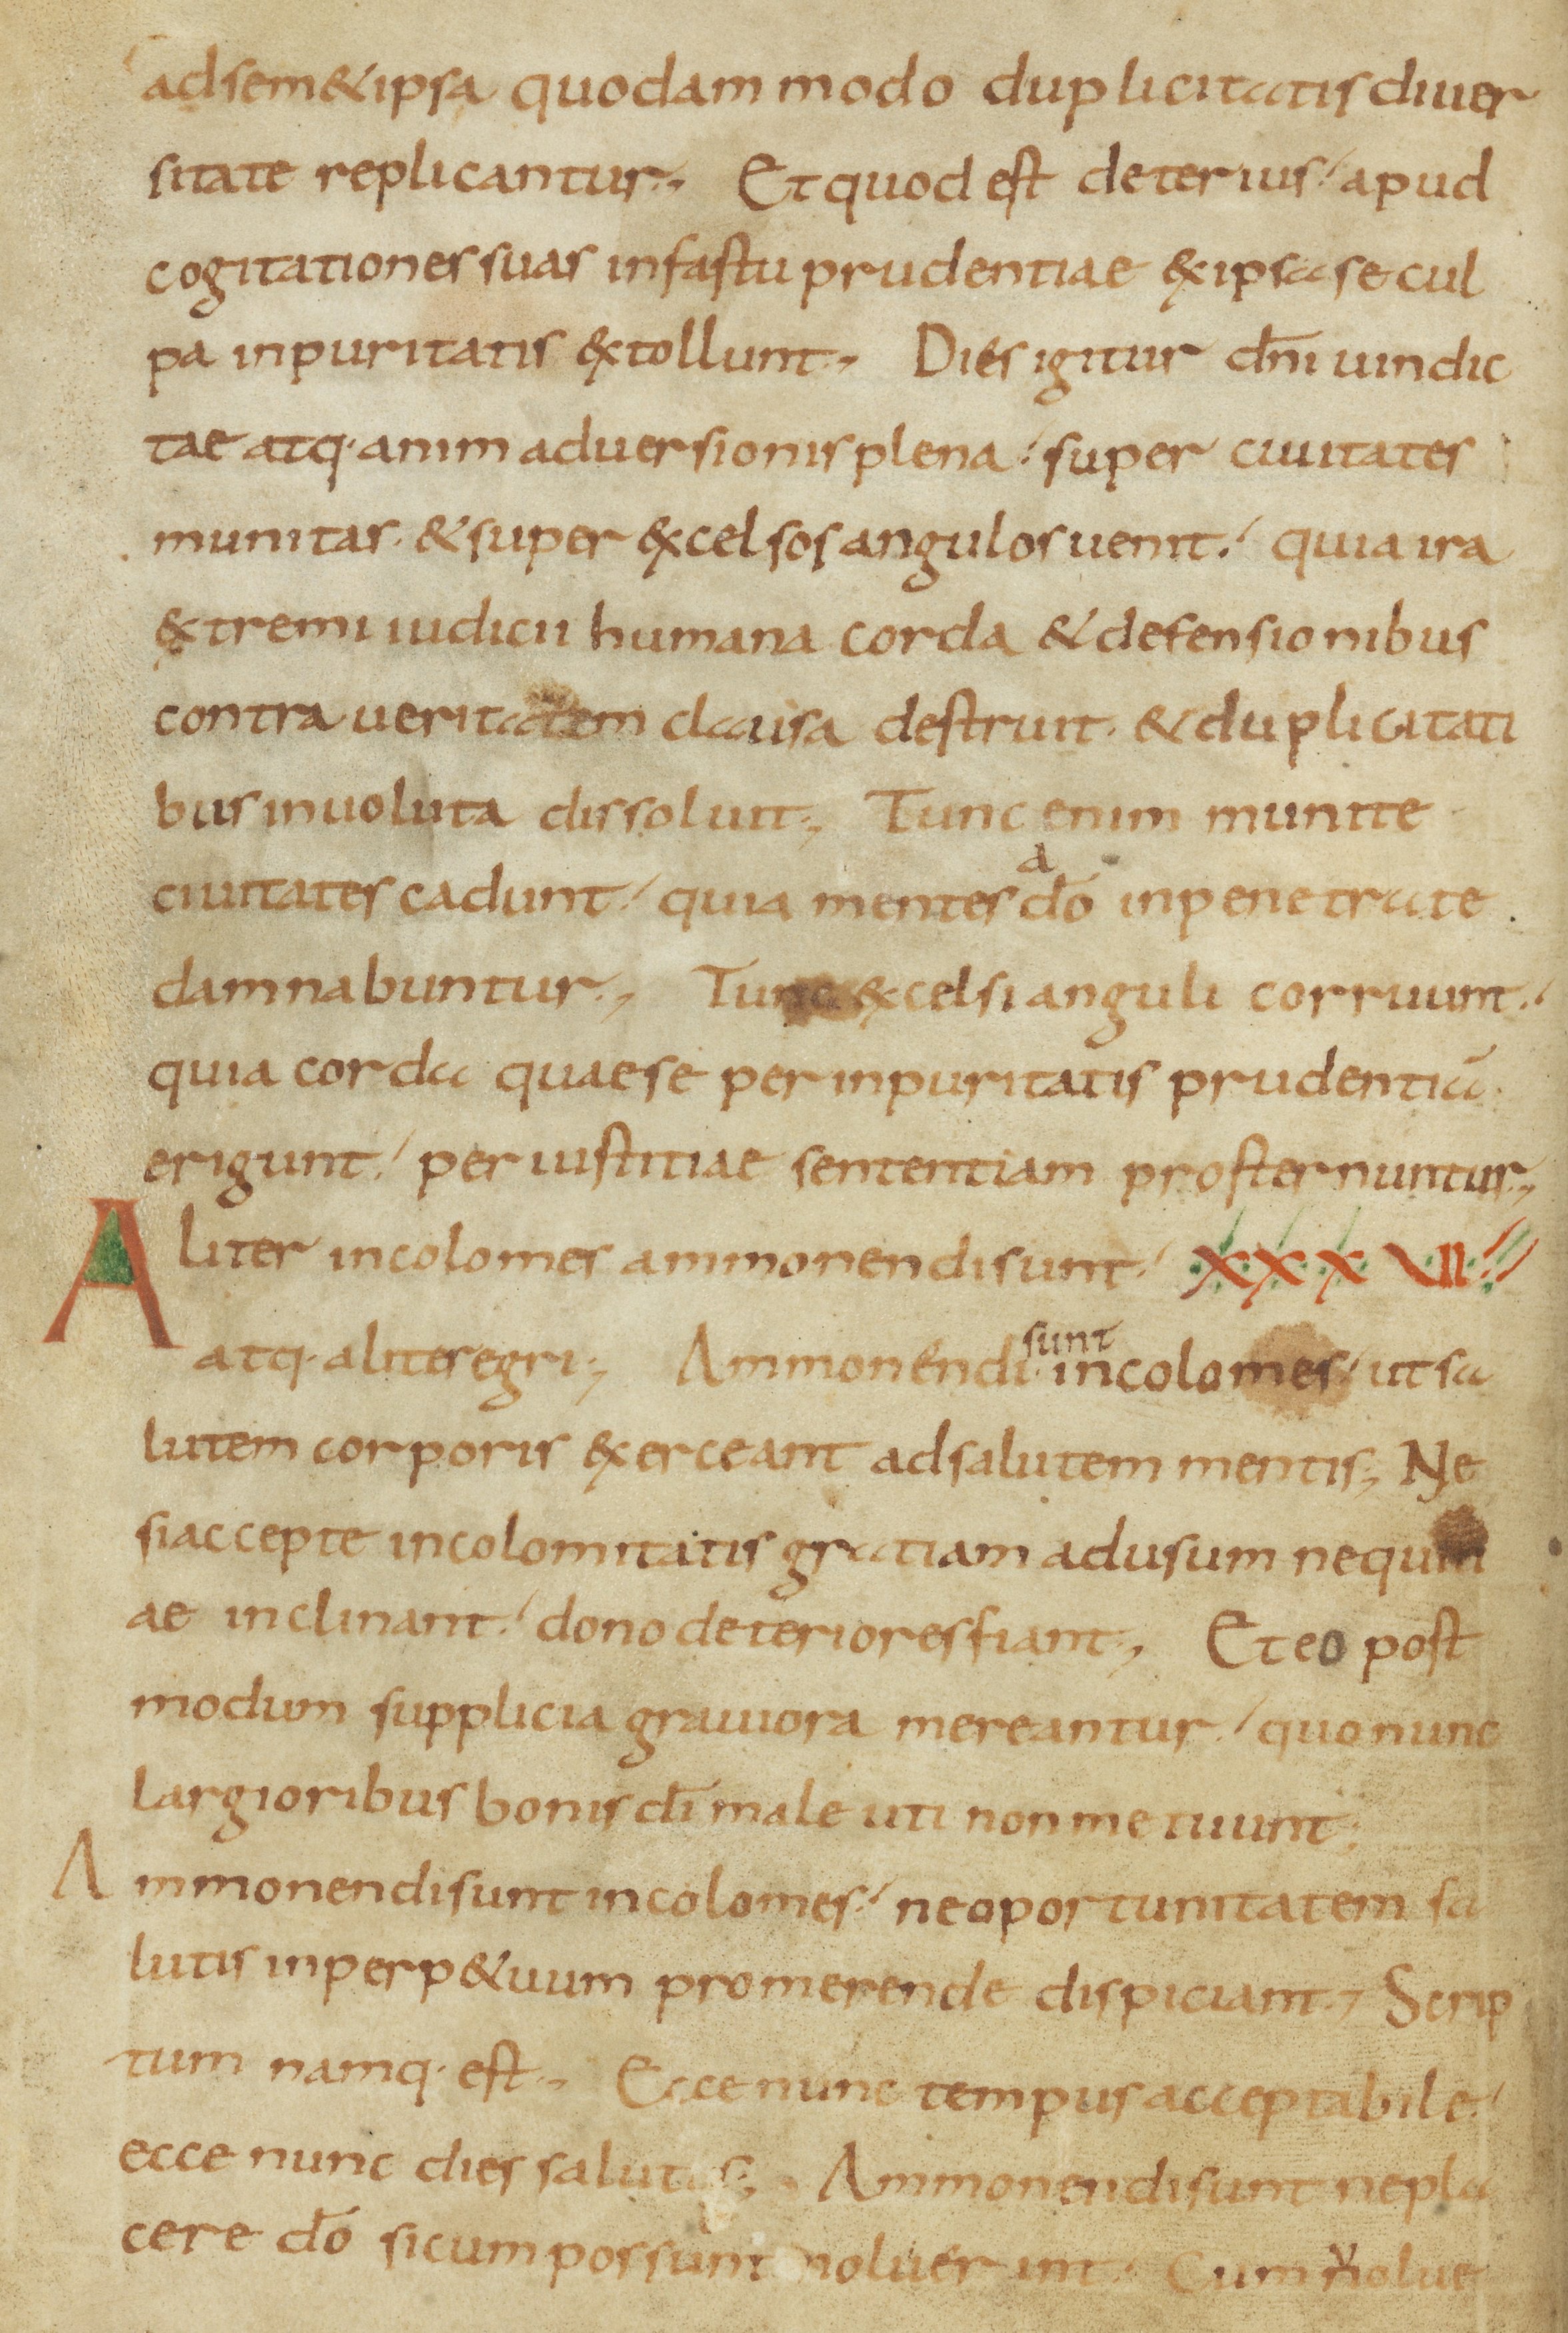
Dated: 800–899